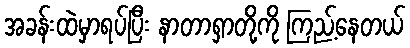
အခန်းထဲမှာရပ်ပြီး နာတာရှာတို့ကို ကြည့်နေတယ်